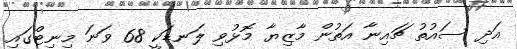
އަދި ސައުތު ޗައިނާ އަތުން މާޒިޔާ މޮޅުވި ލަނޑަކީ 68 ވަނަ މިނިޓްގައި